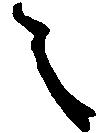
之